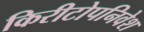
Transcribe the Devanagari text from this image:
किरीटोपनिवेश